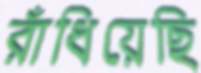
রাঁধিয়েছি